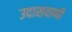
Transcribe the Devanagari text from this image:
उदासवाणी